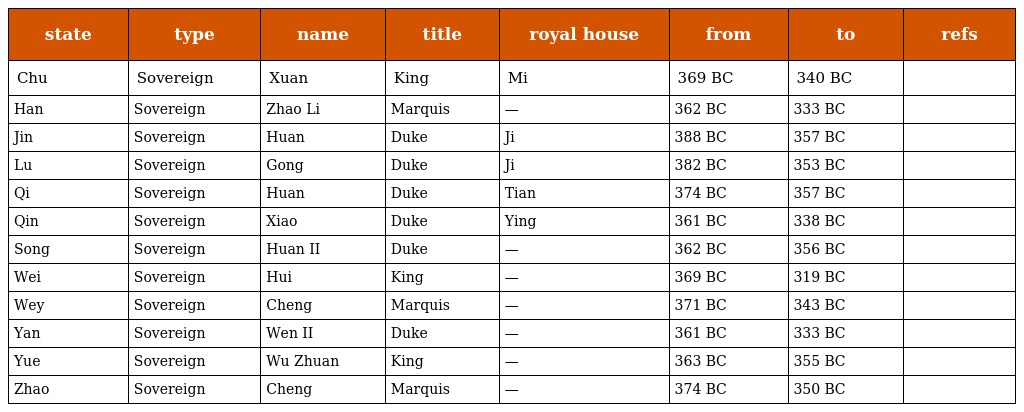
| state | type | name | title | royal house | from | to | refs |
 | --- | --- | --- | --- | --- | --- | --- | --- |
 | Chu | Sovereign | Xuan | King | Mi | 369 BC | 340 BC |  |
 | Han | Sovereign | Zhao Li | Marquis | — | 362 BC | 333 BC |  |
 | Jin | Sovereign | Huan | Duke | Ji | 388 BC | 357 BC |  |
 | Lu | Sovereign | Gong | Duke | Ji | 382 BC | 353 BC |  |
 | Qi | Sovereign | Huan | Duke | Tian | 374 BC | 357 BC |  |
 | Qin | Sovereign | Xiao | Duke | Ying | 361 BC | 338 BC |  |
 | Song | Sovereign | Huan II | Duke | — | 362 BC | 356 BC |  |
 | Wei | Sovereign | Hui | King | — | 369 BC | 319 BC |  |
 | Wey | Sovereign | Cheng | Marquis | — | 371 BC | 343 BC |  |
 | Yan | Sovereign | Wen II | Duke | — | 361 BC | 333 BC |  |
 | Yue | Sovereign | Wu Zhuan | King | — | 363 BC | 355 BC |  |
 | Zhao | Sovereign | Cheng | Marquis | — | 374 BC | 350 BC |  |